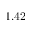
1 . 4 2